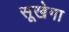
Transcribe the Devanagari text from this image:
सूखेगा